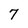
Character: 7